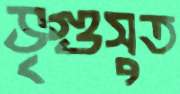
ভৃগুসুত